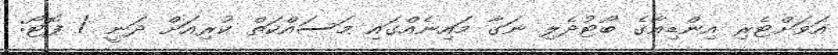
އަވަށްޓެރި އިންޑިއާގެ ބޯޓުދެލި ނަގާ މައިނެއްގައި މަސައްކަތް ކުރިއަށް ދަނީ / ފޮޓޯ: